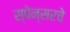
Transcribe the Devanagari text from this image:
स्पेन्सरचे